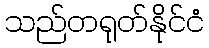
သည်တရုတ်နိုင်ငံ